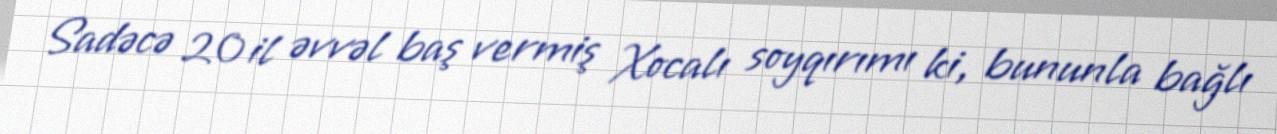
Sadəcə 20 il əvvəl baş vermiş Xocalı soyqırımı ki, bununla bağlı